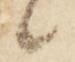
々